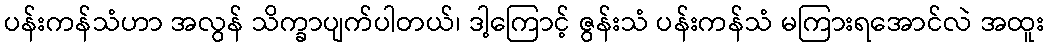
ပန်းကန်သံဟာ အလွန် သိက္ခာပျက်ပါတယ်၊ ဒါ့ကြောင့် ဇွန်းသံ ပန်းကန်သံ မကြားရအောင်လဲ အထူး